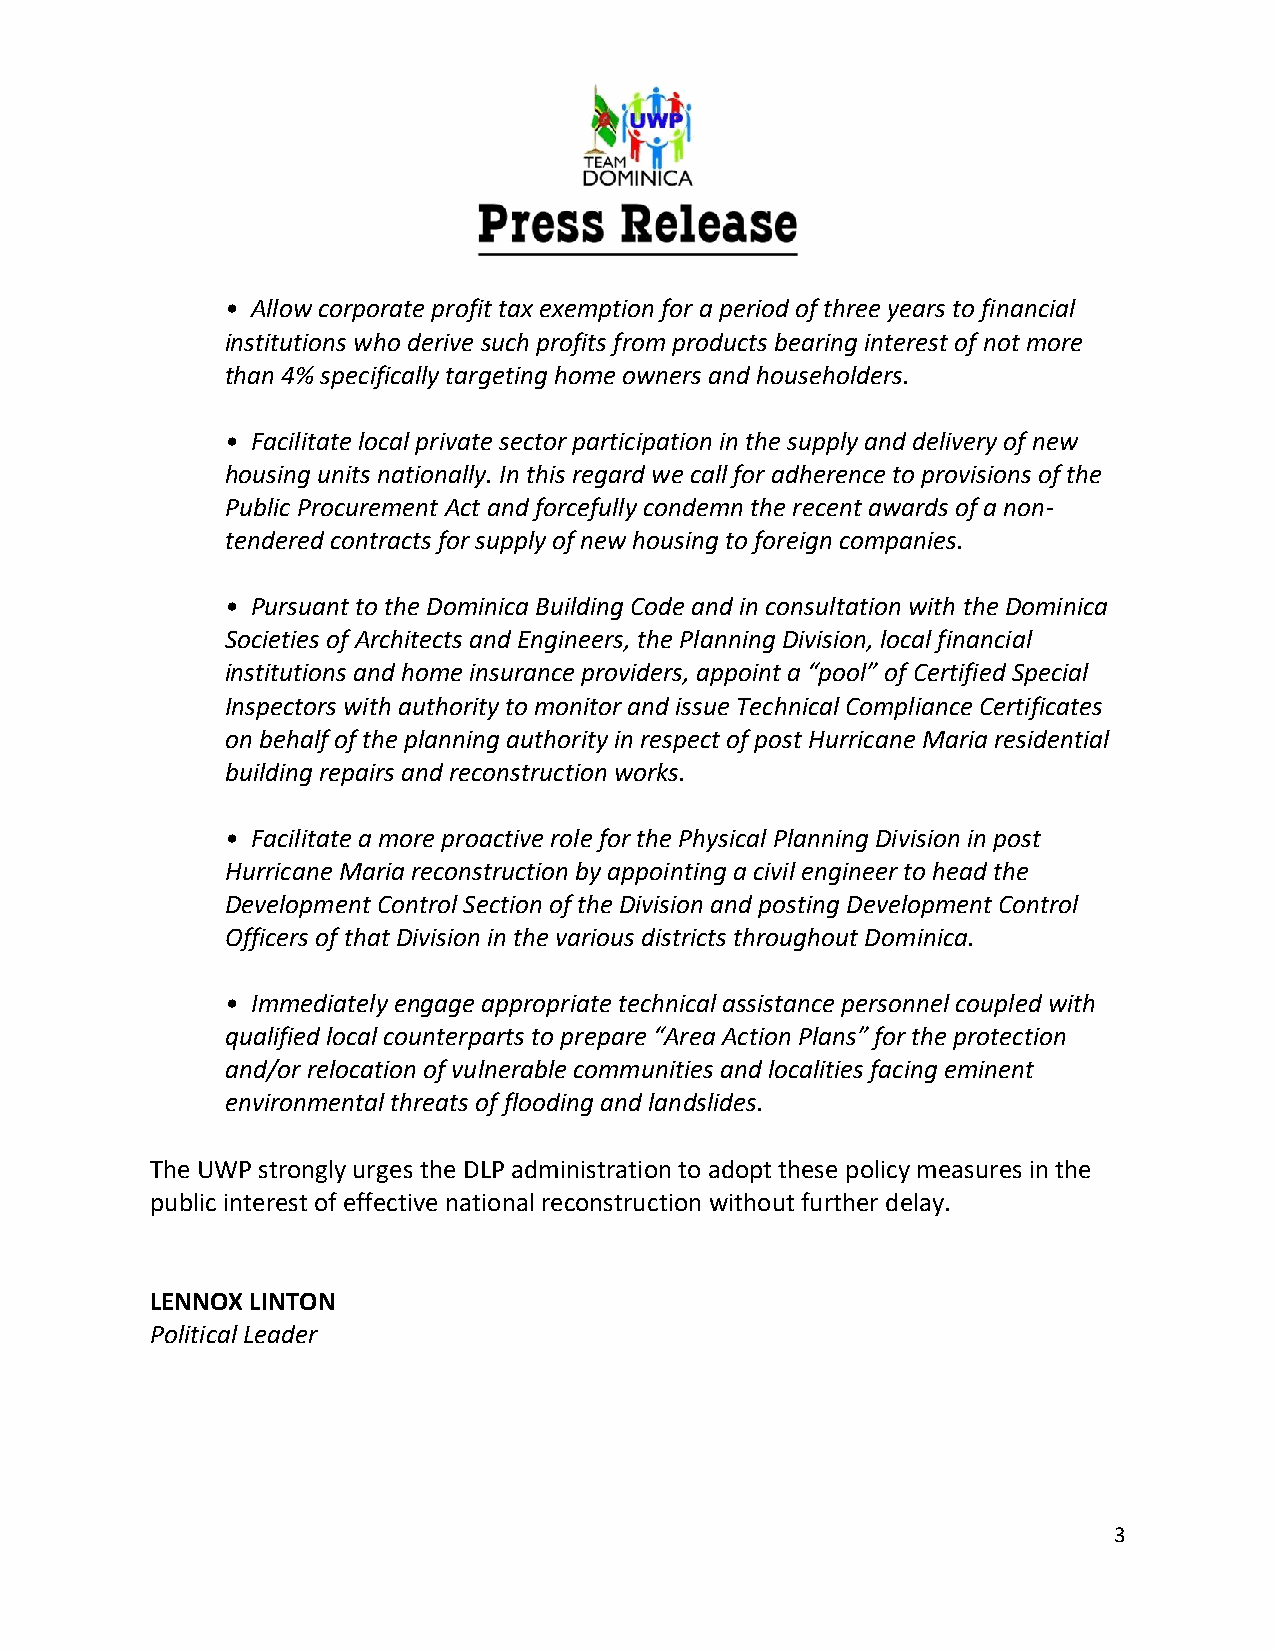
• Allow corporate profit tax exemption for a period of three years to financial
 institutions who derive such profits from products bearing interest of not more
 than 4% specifically targeting home owners and householders.
 • Facilitate local private sector participation in the supply and delivery of new
 housing units nationally. In this regard we call for adherence to provisions of the
 Public Procurement Act and forcefully condemn the recent awards of a non-
 tendered contracts for supply of new housing to foreign companies.
 • Pursuant to the Dominica Building Code and in consultation with the Dominica
 Societies of Architects and Engineers, the Planning Division, local financial
 institutions and home insurance providers, appoint a “pool” of Certified Special
 Inspectors with authority to monitor and issue Technical Compliance Certificates
 on behalf of the planning authority in respect of post Hurricane Maria residential
 building repairs and reconstruction works.
 • Facilitate a more proactive role for the Physical Planning Division in post
 Hurricane Maria reconstruction by appointing a civil engineer to head the
 Development Control Section of the Division and posting Development Control
 Officers of that Division in the various districts throughout Dominica.
 • Immediately engage appropriate technical assistance personnel coupled with
 qualified local counterparts to prepare “Area Action Plans” for the protection
 and/or relocation of vulnerable communities and localities facing eminent
 environmental threats of flooding and landslides.
 The UWP strongly urges the DLP administration to adopt these policy measures in the
 public interest of effective national reconstruction without further delay.
 LENNOX LINTON
 Political Leader
 3